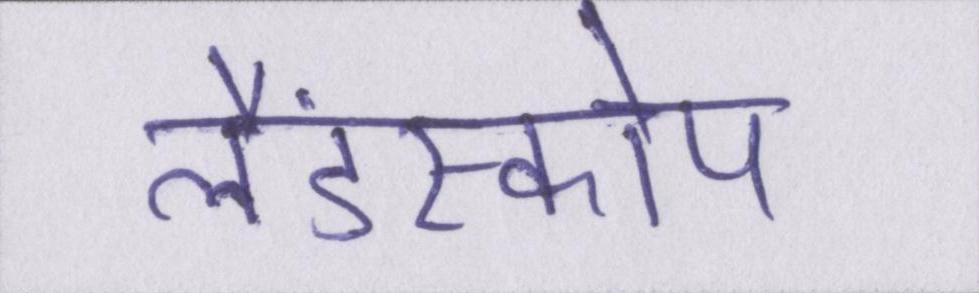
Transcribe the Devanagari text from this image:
लैंडस्कोप